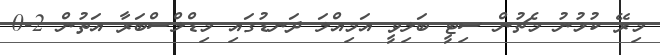
މިރޭ ކުޅުނު މެޗުން ސިޓީ ބަލިވީ އަމިއްލަ ދަނޑުގައި މިޑްލްސްބަރާ އަތުން 2-0